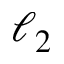
\ell _ { 2 }